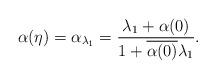
LaTeX: \begin{align*}\alpha(\eta)=\alpha_{\lambda_1}=\frac{\lambda_1+\alpha(0)}{1+\overline{\alpha(0)}\lambda_1}.\end{align*}